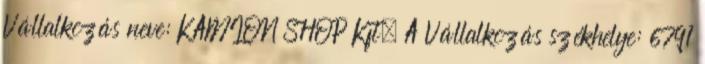
Vállalkozás neve: KAMION SHOP Kft. A Vállalkozás székhelye: 6791